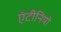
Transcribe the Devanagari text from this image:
एंटीनियो